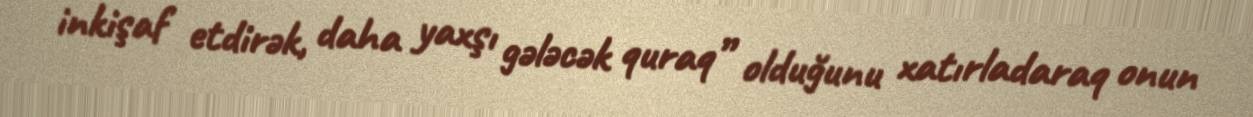
inkişaf etdirək, daha yaxşı gələcək quraq” olduğunu xatırladaraq onun